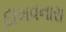
દાખવનારા